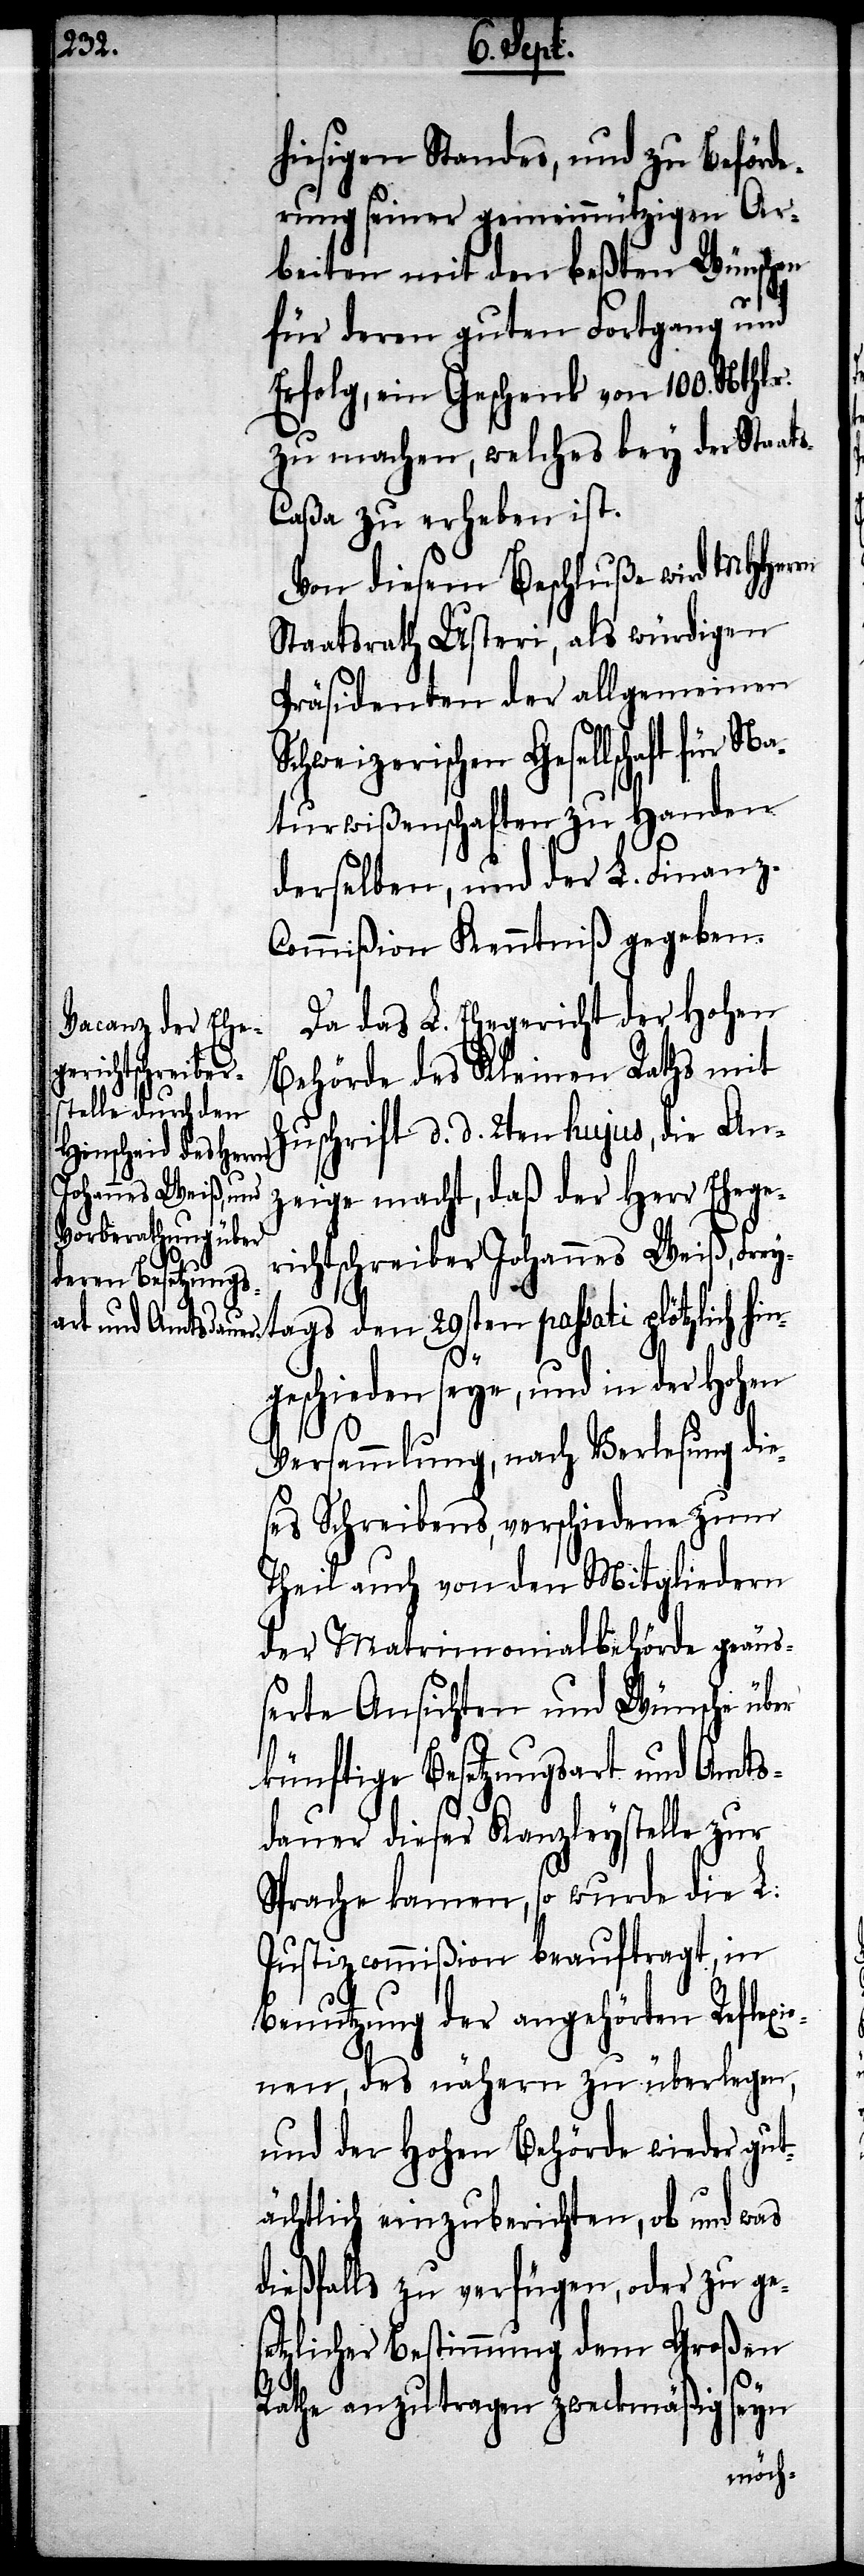
hiesigen Standes, und zu Beförde¬
rung seiner gemeinnützigen Ar¬
beiten mit den beßten Wünschen
für deren guten Fortgang und
Erfolg, ein Geschenk von 100. Nthlr.
zu machen, welches bey der Staat¬
s-Caßa zu erheben ist.
Von diesem Beschluße wird MHHerren
Staatsrath Usteri, als würdigen
Präsidenten der allgemeinen
chweizerischen Gesellschaft
Naturwißenschaften zu Handen
derselben, und der L. Finanz-C¬
ommißion Kenntniß gegeben.
Da das L. Ehegericht der hohen
Behörde des Kleinen Raths mit
Zuschrift d. d. 2ten hujus, die An¬
tags den
zeige macht, daß der Herr Ehege¬
chtsschreiber Johannes Weiß, Frey¬
geschieden seye, und in der hohen
Versammlung, nach Verlesung die¬
ses Schreibens, verschiedene zum
Theil auch von den Mitgliedern
der Matrimonialbehörde geäu¬
ßerte Ansichten und Wünsche über
künftige Besetzungsart und Amts¬
dauer dieser Kanzleystelle zur
Sprache kamen, so wurde die L.
Justizcommißion beauftragt, in
Benutzung der angehörten Reflexio¬
nen, des nähern zu überlegen,
und der hohen Behörde wieder gut¬
ächtlich einzuberichten, ob und was
dießfalls zu verfügen, oder zu ges¬
etzlicher Bestimmung dem Großen
hin¬
Rathe anzutragen zweckmäßig seyn